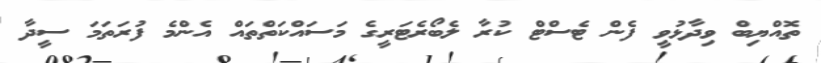
ތޮއްޔިބް ވިދާޅުވީ ފެން ޓެސްޓް ކުރާ ލެބޯރެޓަރީގެ މަސައްކަތްތައް އެންމެ ފުރަތަމަ ސީދާ